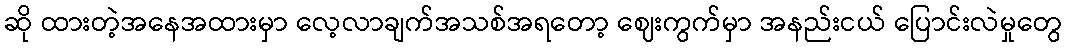
ဆို ထားတဲ့အနေအထားမှာ လေ့လာချက်အသစ်အရတော့ ဈေးကွက်မှာ အနည်းငယ် ပြောင်းလဲမှုတွေ